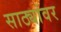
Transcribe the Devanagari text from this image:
साठ्यांवर